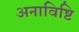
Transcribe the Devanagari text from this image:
अनाविष्टि